Vaccine operations Central Provinces & Berar 1912-1920 - 1912-1920
Year: 1912
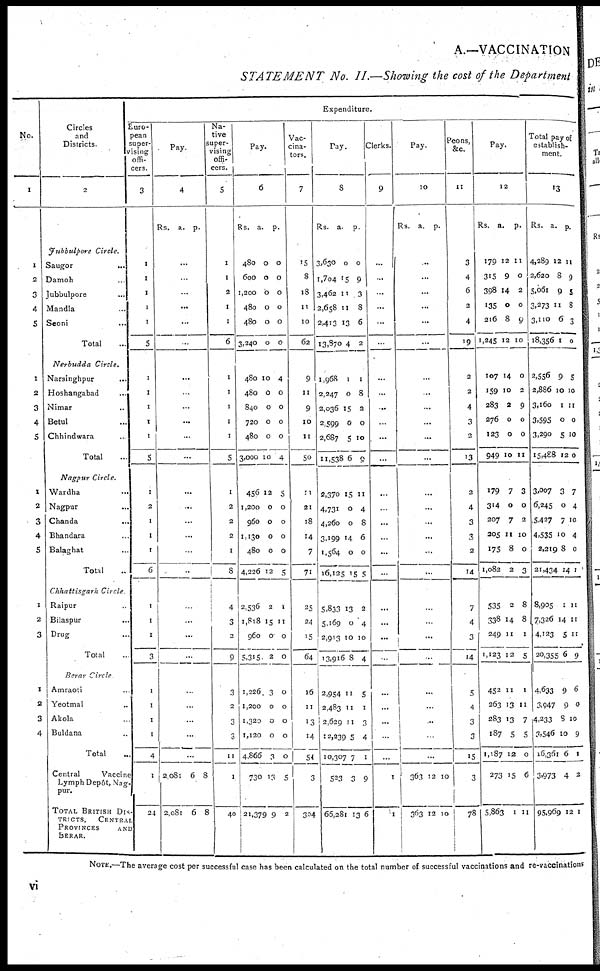
A.—VACCINATION
STATEMENT No. II.—Showing the cost of the Department
No.
1
1
2
3
4
5
1
2
3
4
5
1
2
3
4
5
1
2
3
1
2
3
4
Circles
and
Districts.
2
Jubbulpore Circle.
Saugor ...
Damoh ...
Jubbulpore ...
Mandla ...
Seoni ...
Total ...
Nerbudda Circle.
Narsinghpur ...
Hoshangabad ...
Nimar ...
Betul ...
Chhindwara ...
Total ...
Nagpur Circle.
Wardha ...
Nagpur ...
Chanda ...
Bhandara ...
Balaghat ...
Total ...
Chhattisgarh Circle
Raipur ...
Bilaspur ...
Drug
...
Total ...
Berar Circle
Amraoti ...
Yeotmal ...
Akola
...
Buldana ...
Total ...
Central
Vaccine
Lymph Depôt, Nag-
pur.
TOTAL BRITISH DIS-
------, CENTRAL
PROVINCES
AND
BERAR.
Expenditure.
Euro-
pean
super-
vising
offi-
cers
3
1
1
1
1
1
5
1
1
1
1
1
5
1
2
1
1
1
6
1
1
1
3
1
1
1
1
4
1
24
Pay.
4
Rs. a.
p.
...
...
...
...
...
...
...
...
...
...
...
...
...
...
...
...
...
...
...
...
...
...
...
...
...
...
...
2,081
2,081
6
6
8
8
Na-
tive
super-
vising
offi-
cers.
5
1
1
2
1
1
6
1
1
1
1
1
5
1
2
2
2
1
8
4
3
2
9
3
2
3
3
11
1
40
Pay.
6
Rs.
480
600
1,200
480
480
3,240
480
480
840
720
480
3,000
456
1,200
960
1,130
480
4,226
2,536
1,818
960
5,315
1,226
1,200
1,320
1,120
4,866
730
21,379
a.
0
0
0
0
0
0
10
0
0
0
0
10
12
0
0
0
0
12
2
15
0
2
3
0
0
0
3
13
9
p.
0
0
0
0
0
0
4
0
0
0
0
4
5
0
0
0
0
5
1
11
0
0
0
0
0
0
0
5
2
Vac-
cina-
tors.
7
15
8
18
11
10
62
9
11
9
10
11
50
11
21
18
14
7
71
25
24
15
64
16
11
13
14
54
3
304
Pay.
8
Rs.
3,630
1,704
3,462
2,658
2,413
13,870
1,968
2,247
2,036
2,599
2,687
11,538
2,370
4,731
4,260
3,199
1,564
16,125
5,833
5,169
2,913
13,916
2,954
2,483
2,629
12,239
10,307
523
66,281
a.
0
15
11
11
13
4
1
0
15
0
5
6
15
0
0
14
0
15
13
0
10
8
11
11
11
5
7
3
13
p.
0
9
3
8
6
2
1
8
2
0
10
9
11
4
8
6
0
5
2
4
10
4
5
1
3
4
1
9
6
Clerks.
9
...
...
...
...
...
...
...
...
...
...
...
...
...
...
...
...
...
...
...
...
...
...
...
...
...
...
...
1
1
Pay.
10
Rs.
a. p.
...
...
...
...
...
...
...
...
...
...
...
...
...
...
...
...
...
...
...
...
...
...
...
...
...
...
...
363
363
12
12
10
10
Peons,
&c.
11
3
4
6
2
4
19
2
2
4
3
2
13
2
4
3
3
2
14
7
4
3
14
5
4
3
3
15
3
78
Pay.
12
Rs.
179
315
398
135
216
1,245
107
159
283
276
123
949
a.
12
9
14
0
8
12
14
10
2
0
0
10
p.
11
0
2
0
9
10
0
2
9
0
0
11
179
314
207
205
175
1,082
535
338
249
1,123
452
263
283
187
1,187
273
5,863
7
0
7
11
8
2
2
14
11
12
11
13
13
5
12
15
1
3
0
2
10
0
3
8
8
1
5
1
11
7
5
0
6
11
Total pay of
establish-
ment.
13
Rs.
4,289
2,620
5,061
3,273
3,110
18,356
2,556
2,886
3,160
3,595
3,290
15,488
3,007
6,245
5,427
4,535
2,219
21,434
8,905
7,326
4,123
20,355
4,633
3,947
4,233
3,546
16,361
3,973
95,969
a.
12
8
9
11
6
1
9
10
1
0
5
12
3
0
7
10
8
14
1
14
5
6
9
9
8
10
6
4
12
p.
11
9
5
8
3
0
5
10
11
0
10
0
7
4
10
4
0
1
11
11
11
9
6
0
10
9
1
2
1
NOTE.—The average cost per successful case has been calculated on the total number of successful vaccinations and re-vaccinations
vi